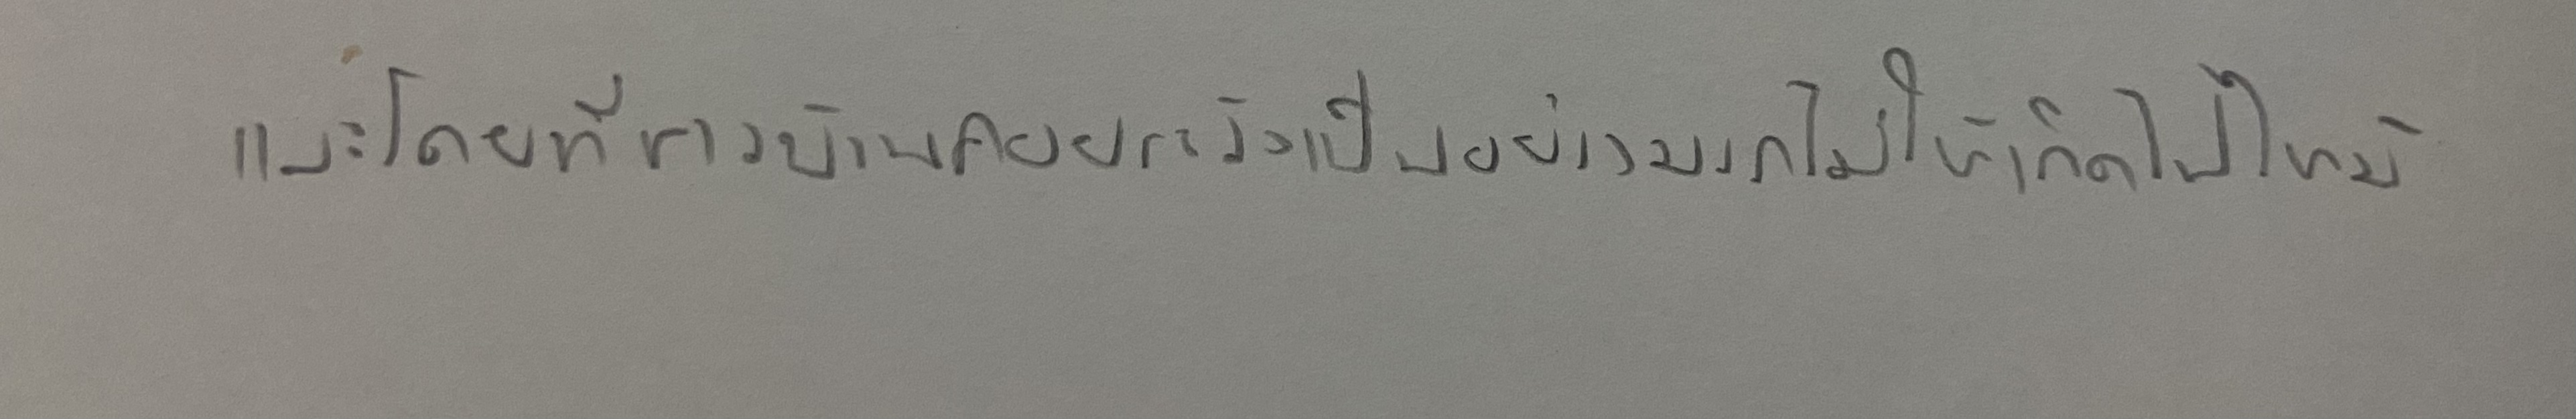
และโดยที่ชาวบ้านคอยระวังเป็นอย่างมากไม่ให้เกิดไฟไหม้